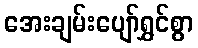
အေးချမ်းပျော်ရွှင်စွာ